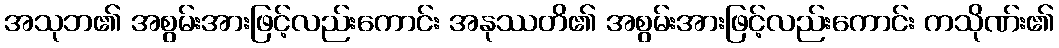
အသုဘ၏ အစွမ်းအားဖြင့်လည်းကောင်း အနုဿတိ၏ အစွမ်းအားဖြင့်လည်းကောင်း ကသိုဏ်း၏